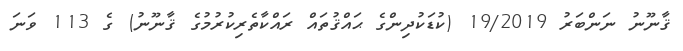
ޤާނޫނު ނަންބަރު 19/2019 (ކުޑަކުދިންގެ ޙައްޤުތައް ރައްކާތެރިކުރުމުގެ ޤާނޫނު) ގެ 113 ވަނަ